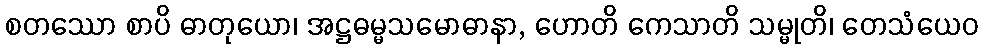
စတဿော စာပိ ဓာတုယော၊ အဋ္ဌဓမ္မသမောဓာနာ, ဟောတိ ကေသာတိ သမ္မုတိ၊ တေသံယေဝ